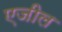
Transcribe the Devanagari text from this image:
एजील